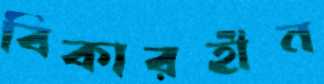
বিকারহীন